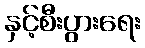
နှင့်စီးပွားရေး